Civil Veterinary Department. United Provinces 1932-42 - 1932-1942
Year: 1932
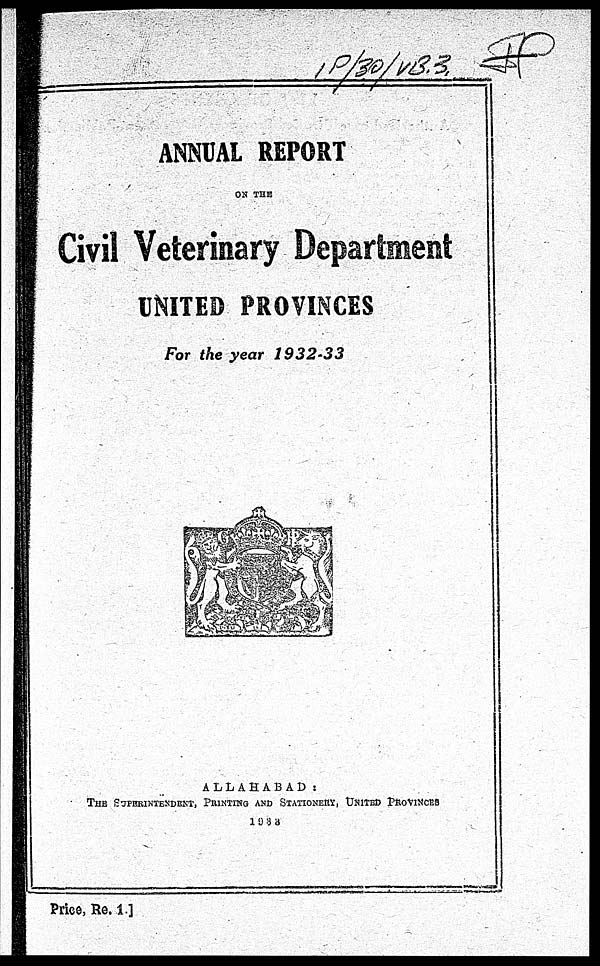
ANNUAL REPORT
ON THE
Civil Veterinary Department
UNITED PROVINCES
For the year 1932-33
ALLAHABAD:
THE SUPERINTENDENT, PRINTING AND STATIONERY, UNITED PROVINCES
1938
Price, Re. 1]